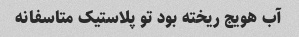
آب هویج ریخته بود تو پلاستیک متاسفانه